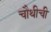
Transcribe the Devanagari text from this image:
चौथीची